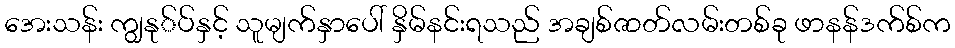
အေးသန်း ကျွနု်ပ်နှင့် သူမျက်နှာပေါ် နှိမ်နင်းရသည် အချစ်ဇာတ်လမ်းတစ်ခု ဖာနန်ဒက်စ်က